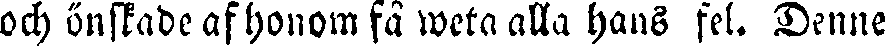
och önskade af honom få weta alla hans fel. Denne